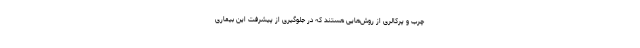
چرب و پرکالری از روش‌هایی هستند که در جلوگیری از پیشرفت این بیماری